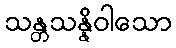
သန္တသန္နိဝါသော